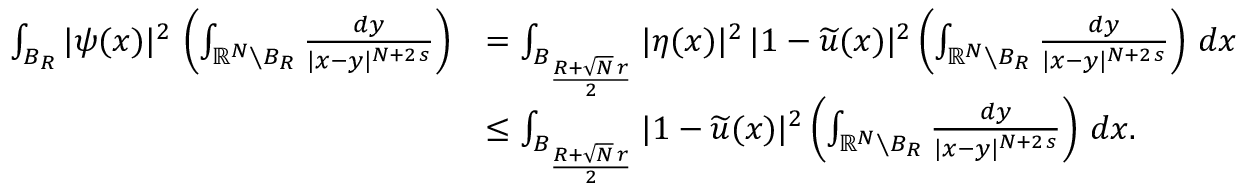
\begin{array} { r l } { \int _ { B _ { R } } | \psi ( x ) | ^ { 2 } \, \left( \int _ { \mathbb { R } ^ { N } \setminus B _ { R } } \frac { d y } { | x - y | ^ { N + 2 \, s } } \right) } & { = \int _ { B _ { \frac { R + \sqrt { N } \, r } { 2 } } } | \eta ( x ) | ^ { 2 } \, | 1 - \widetilde u ( x ) | ^ { 2 } \left( \int _ { \mathbb { R } ^ { N } \setminus B _ { R } } \frac { d y } { | x - y | ^ { N + 2 \, s } } \right) \, d x } \\ & { \le \int _ { B _ { \frac { R + \sqrt { N } \, r } { 2 } } } | 1 - \widetilde u ( x ) | ^ { 2 } \left( \int _ { \mathbb { R } ^ { N } \setminus B _ { R } } \frac { d y } { | x - y | ^ { N + 2 \, s } } \right) \, d x . } \end{array}